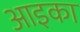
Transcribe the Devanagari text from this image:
आइका